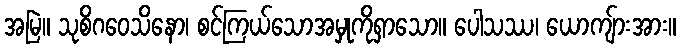
အမြဲ။ သုစိဂဝေသိနော၊ စင်ကြယ်သောအမှုကိုရှာသော။ ပေါသဿ၊ ယောကျ်ားအား။